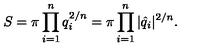
S = \pi \prod _ { i = 1 } ^ { n } q _ { i } ^ { 2 / n } = \pi \prod _ { i = 1 } ^ { n } | \hat { q } _ { i } | ^ { 2 / n } .